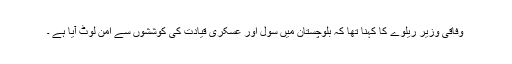
وفاقی وزیر ریلوے کا کہنا تھا کہ بلوچستان میں سول اور عسکری قیادت کی کوششوں سے امن لوٹ آیا ہے ۔